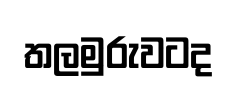
තලමුරුවටද